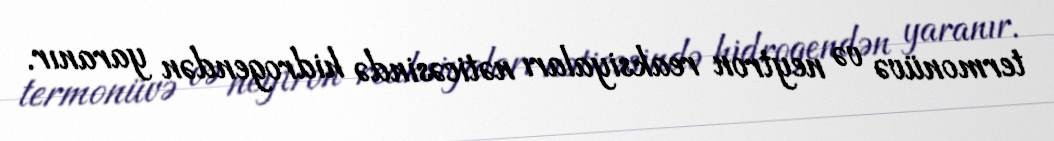
termonüvə və neytron reaksiyaları nəticəsində hidrogendən yaranır.